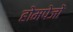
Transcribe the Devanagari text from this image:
होमपेजों